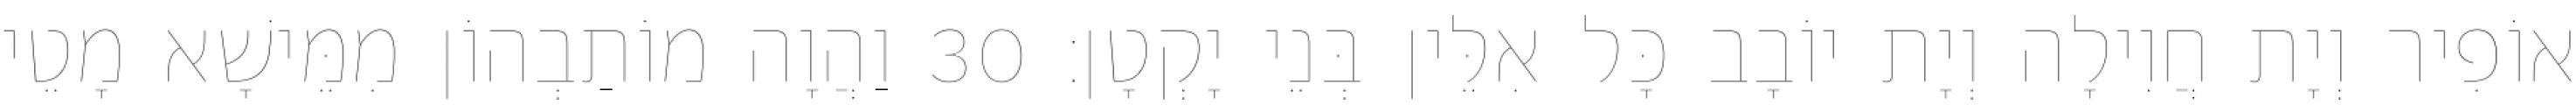
אוֹפִיר וְיָת חֲוִילָה וְיָת יוֹבָב כָּל אִלֵּין בְּנֵי יָקְטָן׃ 30 וַהֲוָה מוֹתַבְהוֹן מִמֵּישָׁא מָטֵי